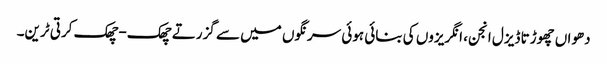
دھواں چھوڑتا ڈیزل انجن، انگریزوں کی بنائی ہوئی سرنگوں میں سے گزرتے چھک-چھک کرتی ٹرین۔